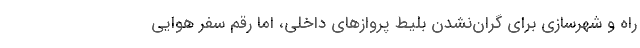
راه و شهرسازی برای گران‌نشدن بلیط پروازهای داخلی، اما رقم سفر هوایی